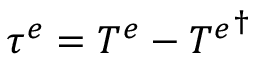
\tau ^ { e } = T ^ { e } - { T ^ { e } } ^ { \dagger }